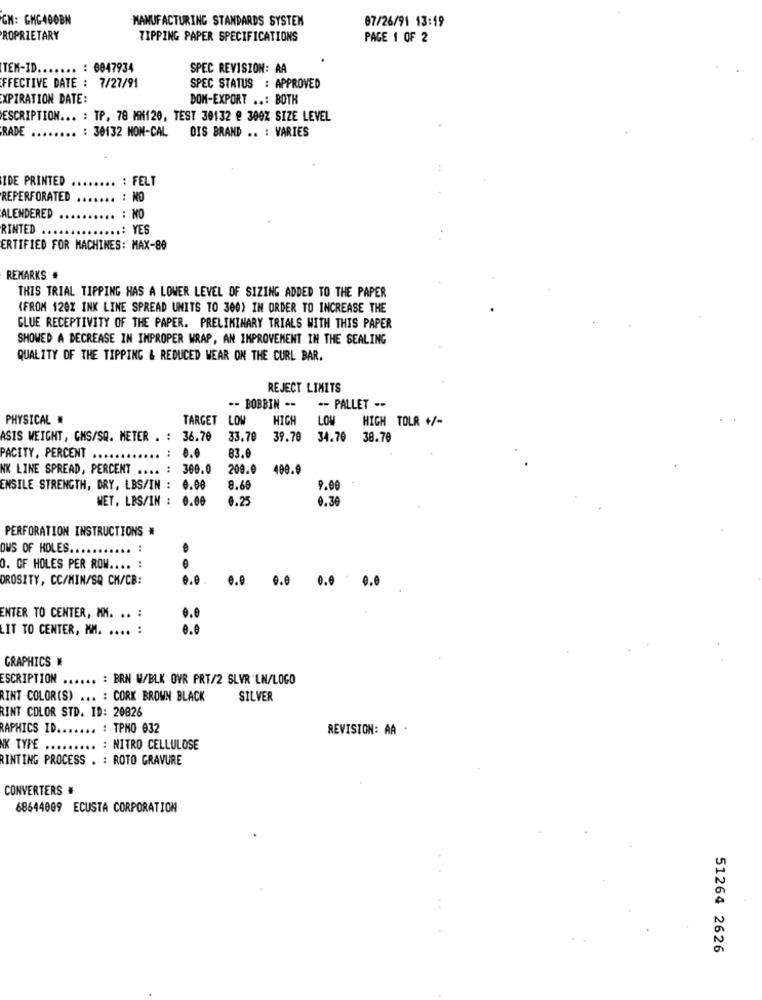
CN: CHG400BN
MANUFACTURING STANDARDS SYSTEN
07/26/91 13:59
ROPRIETARY
TIPPING PAPER SPECIFICATIONS
PAGE 1 OF 2
TEM-ID ....... : 6047934
SPEC REVISION: AA
FFECTIVE DATE : 7/27/91
SPEC STATUS : APPROVED
EXPIRATION DATE:
DOM-EXPORT ..: BOTH
ESCRIPTION ... : TP. 78 MM120, TEST 30132 @ 300Z SIZE LEVEL
RADE
: 30132 NON-CAL
OIS BRAND .. : VARIES
IDE PRINTED
..... : FELT
REPERFORATED ....... : KO
ALENDERED
: NO
RINTED
....: YES
ERTIFIED FOR MACHINES: MAX-80
REMARKS
THIS TRIAL TIPPING HAS A LOWER LEVEL OF SIZING ADDED TO THE PAPER
(FROM 120% INK LINE SPREAD UNITS TO 300) IN ORDER TO INCREASE THE
GLUE RECEPTIVITY OF THE PAPER. PRELIMINARY TRIALS WITH THIS PAPER
SHOWED A DECREASE IN IMPROPER WRAP, AN IMPROVEMENT IN THE SEALING
QUALITY OF THE TIPPING & REDUCED WEAR ON THE CURL BAR.
REJECT LIMITS
*- BOBBIN --
-- PALLET --
PHYSICAL
TARGET LOW
HIGH
LOW
HIGH TOLR +/-
ASIS WEIGHT, CMS/SQ. METER . : 36.70
33.70
39.70
34.70
38.70
:
...
83.0
PACITY, PERCENT
..
NK LINE SPREAD, PERCENT .... : 360.0
209.9
400.0
ENSILE STRENGTH, DRY, LBS/IN : 0.00
8.60
9.00
WET, LBS/IN : 0.00
6.25
0.36
PERFORATION INSTRUCTIONS #
DWS OF HOLES ......... ..
O. OF HOLES PER ROW .... :
DROSITY, CC/MIN/SQ CH/CB:
e.e .
0.0
0.0
ENTER TO CENTER, MM. ..
LIT TO CENTER, MM. ....
GRAPHICS #
ESCRIPTION ...... : BRN W/BLK OVR PRT/2 SLVR LN/LOGO
RINT COLOR(S) ... : CORK BROWN BLACK
SILVER
RINT COLOR STD. ID: 20826
RAPHICS ID ....... : TPHO 032
REVISION: AA .
NK TYPE
. : NITRO CELLULOSE
RINTING PROCESS . : ROTO GRAVURE
CONVERTERS #
68644009 ECUSTA CORPORATION
51264 2626